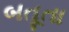
બતૂતા